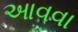
આવવા